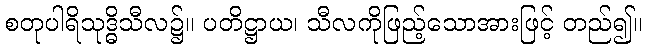
စတုပါရိသုဒ္ဓိသီလ၌။ ပတိဋ္ဌာယ၊ သီလကိုဖြည့်သောအားဖြင့် တည်၍။